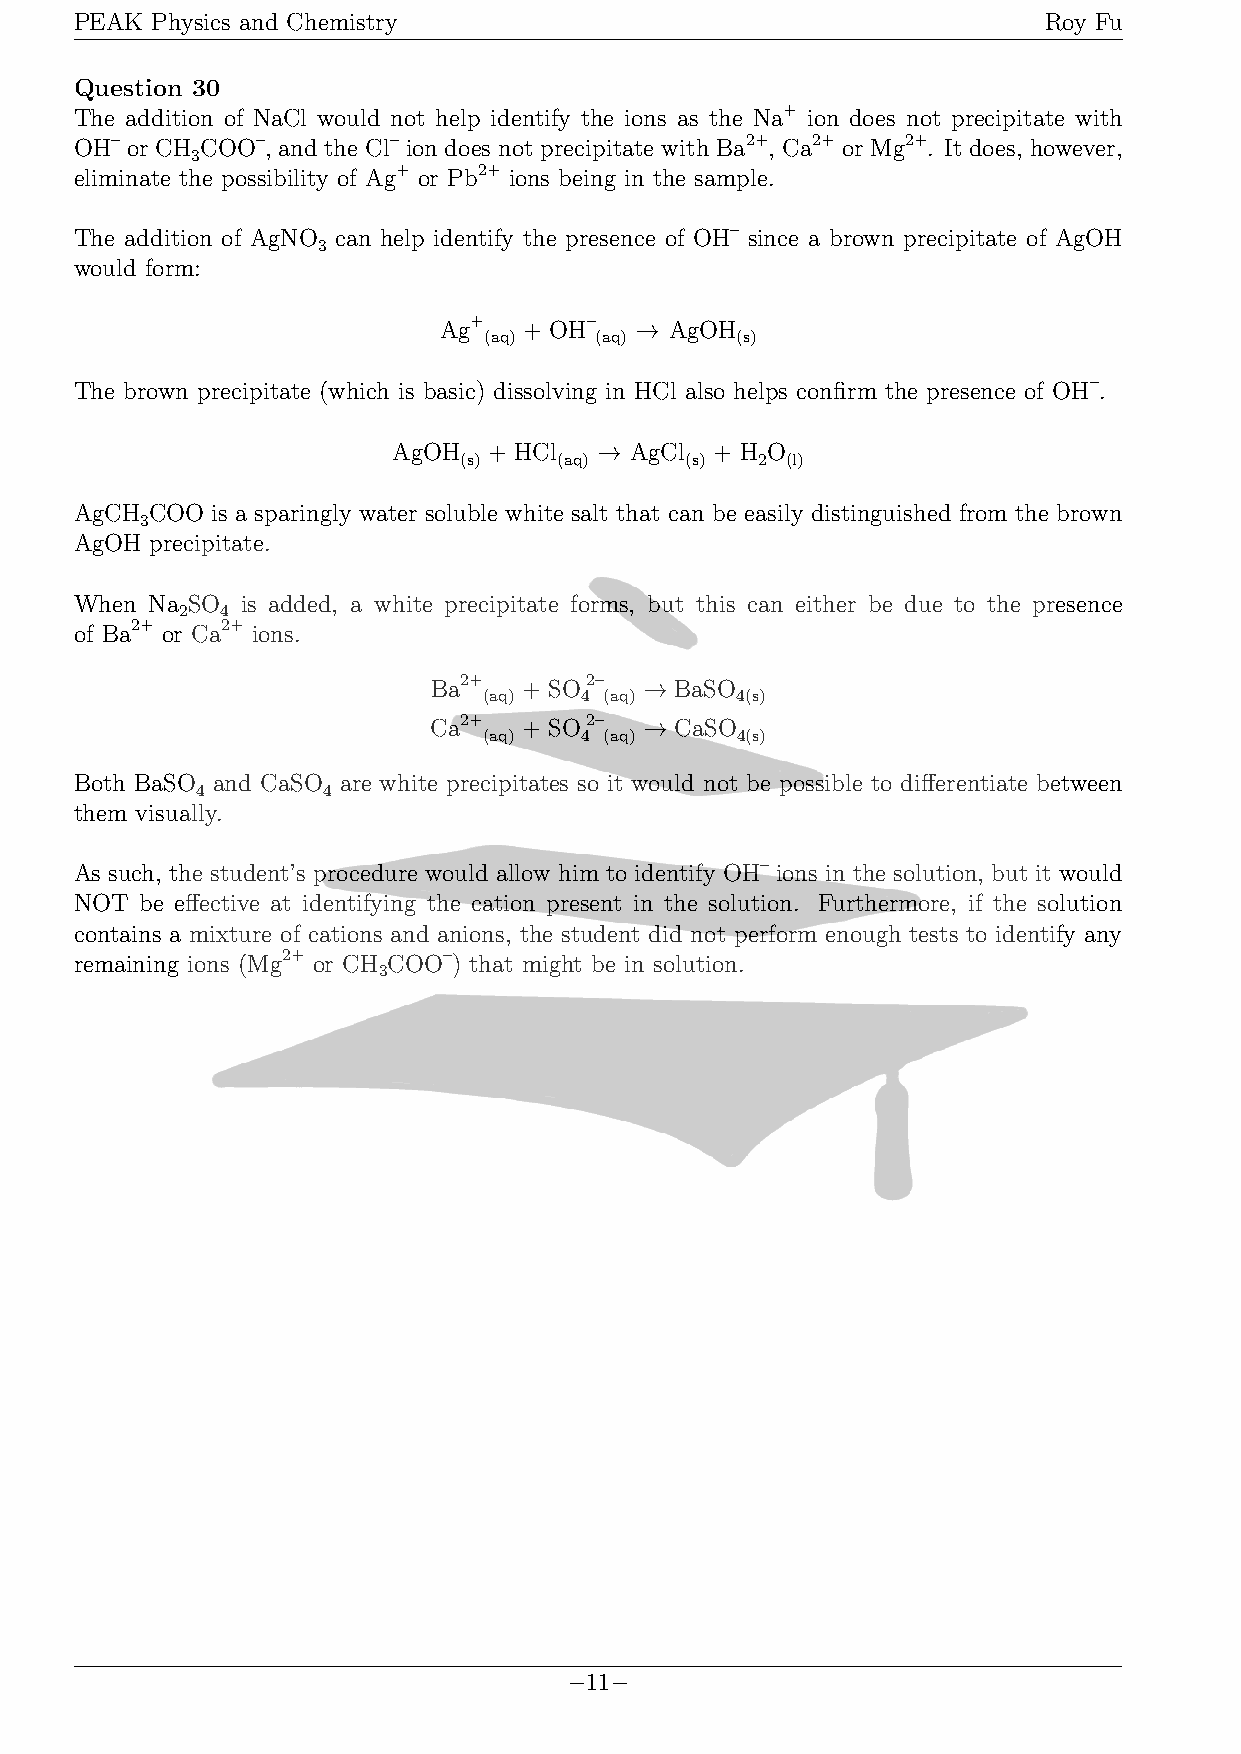
PEAK Physics and Chemistry                                      Roy Fu
 Question 30
 The addition of NaCl would not help identify the ions as the Na+ ion does not precipitate with
 OH– or CH COO–, and the Cl– ion does not precipitate with Ba2+, Ca2+ or Mg2+. It does, however,
 3
 eliminate the possibility of Ag+ or Pb2+ ions being in the sample.
 The addition of AgNO can help identify the presence of OH– since a brown precipitate of AgOH
 3
 would form:
 Ag+   + OH–  → AgOH
 (aq)   (aq)      (s)
 The brown precipitate (which is basic) dissolving in HCl also helps confirm the presence of OH–.
 AgOH  + HCl   → AgCl + H O
 (s)    (aq)    (s)  2 (l)
 AgCH COO is a sparingly water soluble white salt that can be easily distinguished from the brown
 3
 AgOH precipitate.
 When Na SO is added, a white precipitate forms, but this can either be due to the presence
 2  4
 of Ba2+ or Ca2+ ions.
 Ba2+   + SO2–  → BaSO
 (aq)  4 (aq)     4(s)
 Ca2+   + SO2–  → CaSO
 (aq)  4 (aq)     4(s)
 Both BaSO and CaSO are white precipitates so it would not be possible to differentiate between
 4       4
 them visually.
 As such, the student’s procedure would allow him to identify OH– ions in the solution, but it would
 NOT be effective at identifying the cation present in the solution. Furthermore, if the solution
 contains a mixture of cations and anions, the student did not perform enough tests to identify any
 remaining ions (Mg2+ or CH COO–) that might be in solution.
 3
 −11−